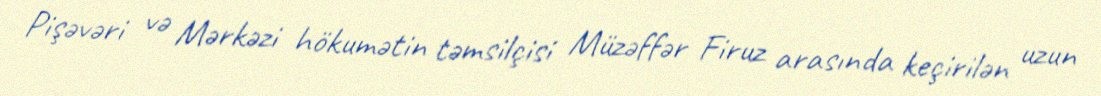
Pişəvəri və Mərkəzi hökumətin təmsilçisi Müzəffər Firuz arasında keçirilən uzun